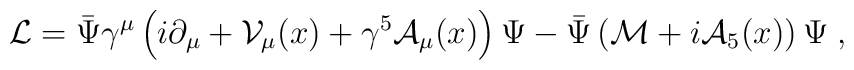
{\cal L} = \bar\Psi\gamma^\mu\left(i\partial_\mu +{\cal V}_\mu(x)+\gamma^5 {\cal A}_\mu(x)\right)\Psi -\bar\Psi \left( {\cal M}+i{\cal A}_5(x)\right )\Psi \;,